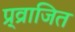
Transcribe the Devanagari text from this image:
प्र्व्राजित